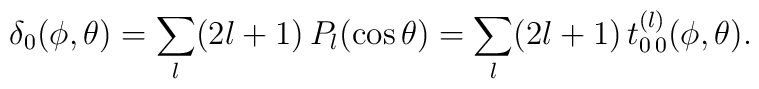
\delta_0(\phi,\theta)=\sum_l (2l+1)\, P_l(\cos\theta) =\sum_l (2l+1)\, t^{(l)}_{0\,0}(\phi,\theta) .